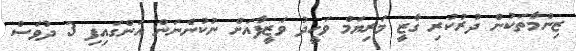
ޒިންމާތަކުން ދުރުކުރި ގާޒީ މަރިޔަމް ވަހީދު ވަޒީފާއަށް ނުކުންނަން އަންގައިފި 3 ދުވަސް